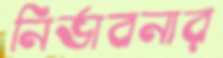
নির্ভাবনার